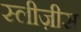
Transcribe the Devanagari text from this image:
स्लीज़ीस